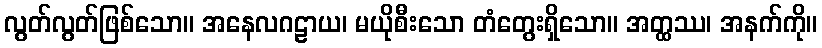
လွတ်လွတ်ဖြစ်သော။ အနေလဂဠာယ၊ မယိုစီးသော တံတွေးရှိသော။ အတ္ထဿ၊ အနက်ကို။